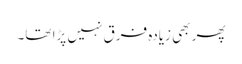
پھر بھی زیادہ فرق نہیں پڑا تھا۔